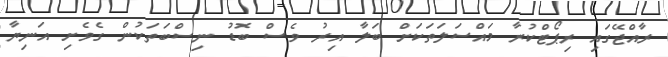
ރާއްޖޭގައި ރިޕޯޓްކުރާ މައްސަލަތަކަށް ބަލާ އިރު ވެސް ބޮޑު ނިސްބަތަކުން ގެވެށި އަނިޔާ